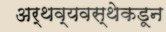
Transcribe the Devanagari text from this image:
अर्थव्यवस्थेकडून